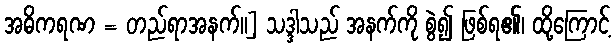
အဓိကရဏ = တည်ရာအနက်။] သဒ္ဒါသည် အနက်ကို စွဲ၍ ဖြစ်ရ၏၊ ထို့ကြောင့်